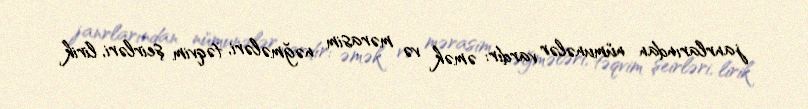
janrlarından nümunələr vardır: əmək və mərasim nəğmələri, təqvim şeirləri, lirik